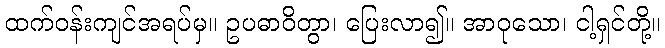
ထက်ဝန်းကျင်အရပ်မှ။ ဥပဓာဝိတွာ၊ ပြေးလာ၍။ အာဝုသော၊ ငါ့ရှင်တို့။